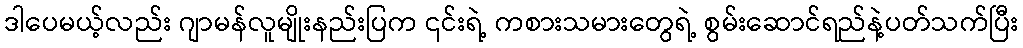
ဒါပေမယ့်လည်း ဂျာမန်လူမျိုးနည်းပြက ၎င်းရဲ့ ကစားသမားတွေရဲ့ စွမ်းဆောင်ရည်နဲ့ပတ်သက်ပြီး